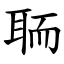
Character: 聏